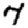
Digit: 7